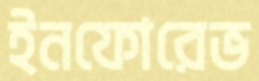
ইনফোরেভ